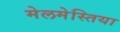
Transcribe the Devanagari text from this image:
मेलमेस्तिया